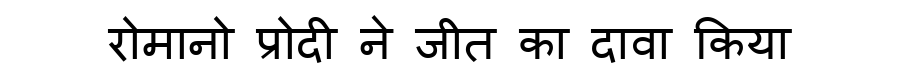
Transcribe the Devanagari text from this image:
रोमानो प्रोदी ने जीत का दावा किया